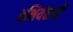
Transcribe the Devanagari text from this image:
अभियंतावों